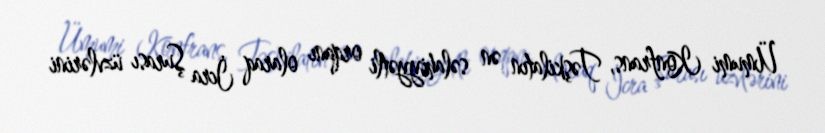
Ümumi Konfrans, Təşkilatın ən səlahiyyətli orqanı olaraq İcra Şurası üzvlərini